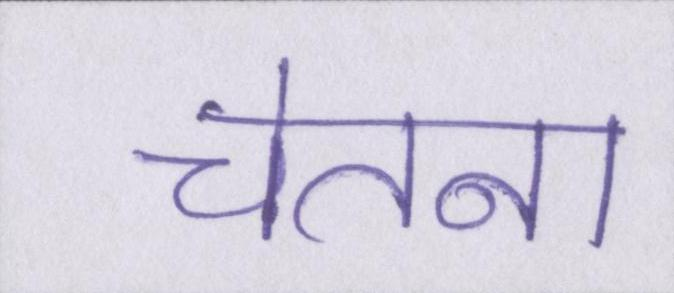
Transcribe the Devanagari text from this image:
चेतना